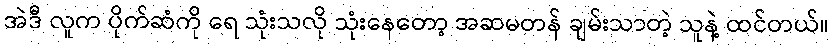
အဲဒီ လူက ပိုက်ဆံကို ရေ သုံးသလို သုံးနေတော့ အဆမတန် ချမ်းသာတဲ့ သူနဲ့ ထင်တယ်။